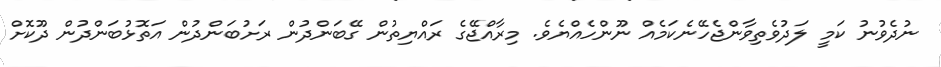
ނުދެވުނު ކަމީ ލަދުވެތިވާންޖެހޭނެކަމެއް ނޫންހެއްޔެވެ. މިރާއްޖޭގެ ރައްޔިތުން ގޭބަންދުން ރަށުބަންދުން އަތޮޅުބަންދުން ދޫކޮށް